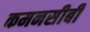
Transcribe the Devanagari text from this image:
कमनसीबी